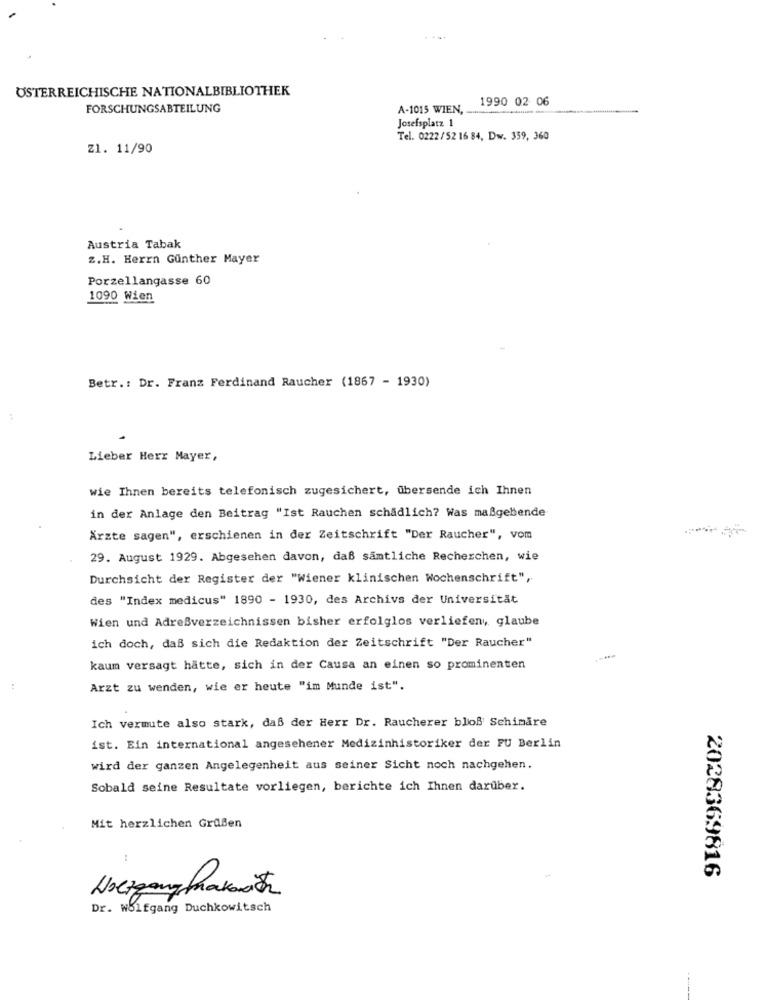
ÖSTERREICHISCHE NATIONALBIBLIOTHEK
1990 02 06
FORSCHUNGSABTEILUNG
A-1015 WIEN,
Josefsplatz 1
Tel. 0222/52 16 84, Dw. 359, 360
Z1. 11/90
Austria Tabak
Z.H. Herrn Gunther Mayer
Porzellangasse 60
1090 Wien
Betr .: Dr. Franz Ferdinand Raucher (1867 - 1930)
Lieber Herr Mayer,
wie Ihnen bereits telefonisch zugesichert, übersende ich Ihnen
in der Anlage den Beitrag "Ist Rauchen schädlich? Was maßgebende
Ärzte sagen", erschienen in der Zeitschrift "Der Raucher", vom
29. August 1929. Abgesehen davon, daß sämtliche Recherchen, wie
Durchsicht der Register der "Wiener klinischen Wochenschrift",
des "Index medicus" 1890 - 1930, des Archivs der Universität
Wien und Adreßverzeichnissen bisher erfolglos verliefen, glaube
ich doch, daß sich die Redaktion der Zeitschrift "Der Raucher"
----
kaum versagt hätte, sich in der Causa an einen so prominenten
Arzt zu wenden, wie er heute "im Munde ist".
Ich vermute also stark, daß der Herr Dr. Raucherer bloß Schimare
ist. Ein international angesehener Medizinhistoriker der FU Berlin
wird der ganzen Angelegenheit aus seiner Sicht noch nachgehen.
Sobald seine Resultate vorliegen, berichte ich Ihnen darüber.
Mit herzlichen Grußen
2028369816
Dr. Wolfgang Duchkowitsch